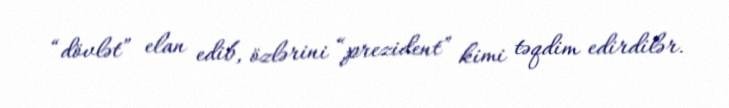
“dövlət” elan edib, özlərini “prezident” kimi təqdim edirdilər.